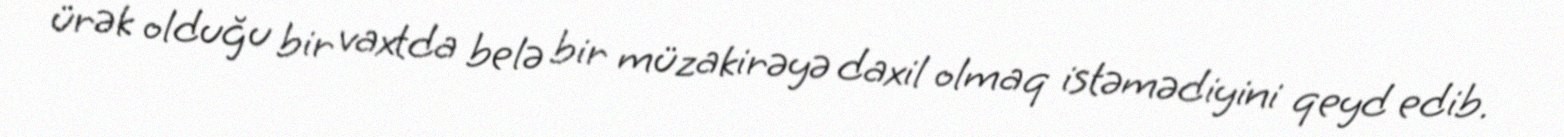
ürək olduğu bir vaxtda belə bir müzakirəyə daxil olmaq istəmədiyini qeyd edib.